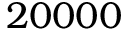
2 0 0 0 0